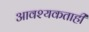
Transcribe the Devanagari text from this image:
आवश्यकताही